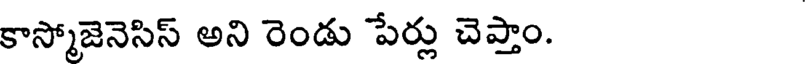
కాస్మోజెనెసిస్ అని రెండు పేర్లు చెప్తాం.